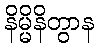
နိမ္မိနိတွာန